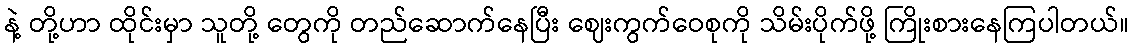
နဲ့ တို့ဟာ ထိုင်းမှာ သူတို့ တွေကို တည်ဆောက်နေပြီး ဈေးကွက်ဝေစုကို သိမ်းပိုက်ဖို့ ကြိုးစားနေကြပါတယ်။